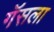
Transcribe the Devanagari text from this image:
गॅसला